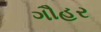
ગૌહર